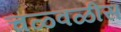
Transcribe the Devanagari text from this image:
चळ्वळीस